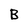
Character: B